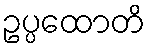
ဥပ္ပထောတိ